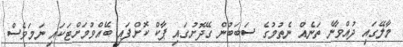
މާލޭގައި ދުއްވާނެ ތަނެއް ނެތުމުގެ ސަބަބުން ގޭދޮށުގައި ޕާކް ކޮށްފައި ބޭއްވުމަށްޓަކައި ނަމަވެސް